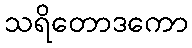
သရိတောဒကော